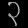
Digit: ၃